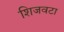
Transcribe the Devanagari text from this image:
शिजवटा